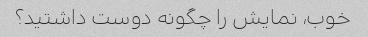
خوب، نمایش را چگونه دوست داشتید؟